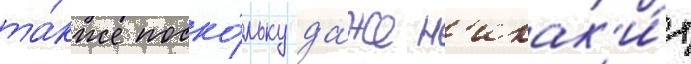
та́кже поско́льку да́же н'икак'и́х